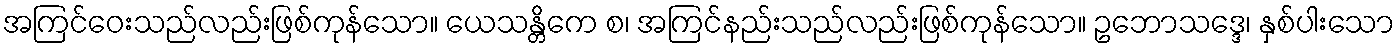
အကြင်ဝေးသည်လည်းဖြစ်ကုန်သော။ ယေသန္တိကေ စ၊ အကြင်နည်းသည်လည်းဖြစ်ကုန်သော။ ဥဘောသဒ္ဒေ၊ နှစ်ပါးသော